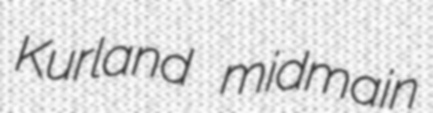
Kurland midmain